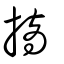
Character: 摘